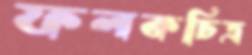
ফলকচিত্র